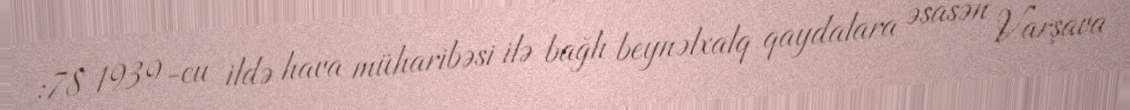
:78 1939-cu ildə hava müharibəsi ilə bağlı beynəlxalq qaydalara əsasən Varşava